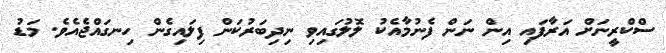
ސްކްރީނަށް އަރާފައި އިން ނަން ފެނުމާއެކު ލޮލުގައިވި ނިދިބަރުކަން ފިލައިގެން ހިނގައްޖެއެވެ. މަޑު